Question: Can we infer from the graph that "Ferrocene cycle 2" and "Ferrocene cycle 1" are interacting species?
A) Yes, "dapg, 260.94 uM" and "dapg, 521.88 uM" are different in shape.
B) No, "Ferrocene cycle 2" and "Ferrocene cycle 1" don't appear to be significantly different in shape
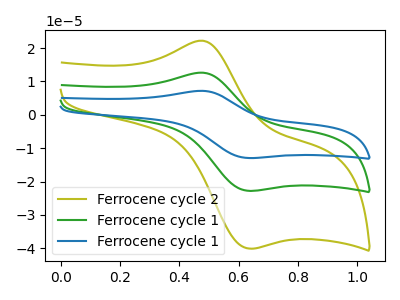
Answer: <think>The olive curve "Ferrocene cycle 2" has an anodic peak at (0.45V, 22.20uA) and a cathodic peak at (0.65V, -40.05uA). The green curve "Ferrocene cycle 1" has an anodic peak at (0.45V, 12.60uA) and a cathodic peak at (0.65V, -22.75uA). The blue curve "Ferrocene cycle 1" has an anodic peak at (0.45V, 25.25uA) and a cathodic peak at (0.65V, -45.55uA).
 All the peaks in "Ferrocene cycle 2" have a peak in "Ferrocene cycle 1" at the same potential. Every peak in "Ferrocene cycle 2" is higher than every peak in "Ferrocene cycle 1".</think>
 <answer>B) No, "Ferrocene cycle 2" and "Ferrocene cycle 1" don't appear to be significantly different in shape</answer>
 <eval>B</eval>